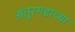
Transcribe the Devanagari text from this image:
अंतुरगडाच्या